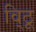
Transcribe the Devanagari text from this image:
वि्ठू